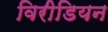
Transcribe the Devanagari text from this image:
विरीडियन